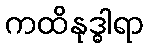
ကထိနုဒ္ဓါရာ